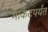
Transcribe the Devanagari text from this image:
मार्केटपर्यंत